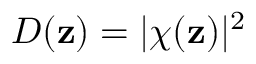
D ( { \mathbf { z } } ) = | \chi ( { \mathbf { z } } ) | ^ { 2 }